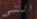
التي